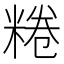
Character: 䊎